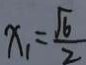
x _ { 1 } = \frac { \sqrt { 6 } } { 2 }